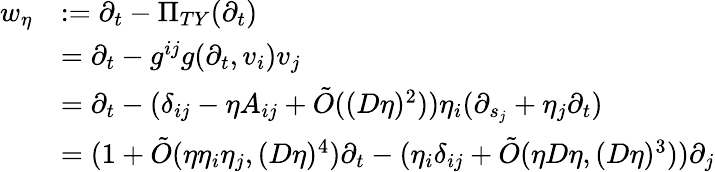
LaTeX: \begin{array}{rl}{w_{\eta}}&{:=\partial_{t}-\Pi_{TY}(\partial_{t})}\\ &{=\partial_{t}-g^{ij}g(\partial_{t},v_{i})v_{j}}\\ &{=\partial_{t}-(\delta_{ij}-\eta A_{ij}+\tilde{O}((D\eta)^{2}))\eta_{i}(\partial_{s_{j}}+\eta_{j}\partial_{t})}\\ &{=(1+\tilde{O}(\eta\eta_{i}\eta_{j},(D\eta)^{4})\partial_{t}-(\eta_{i}\delta_{ij}+\tilde{O}(\eta D\eta,(D\eta)^{3}))\partial_{j}}\end{array}